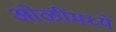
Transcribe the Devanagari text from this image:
ओळींमध्ये